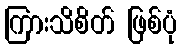
ကြားသိစိတ် ဖြစ်ပုံ